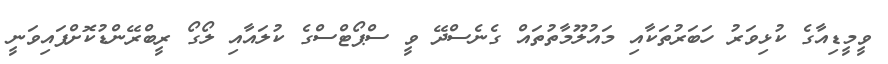
ވީމީޑިއާގެ ކުޅިވަރު ހަބަރުތަކާއި މައުލޫމާތުތައް ގެނެސްދޭ ވީ ސްޕޯޓްސްގެ ކުލައާއި ލޯގޯ ރީބްރޭންޑުކޮށްފައިވަނީ